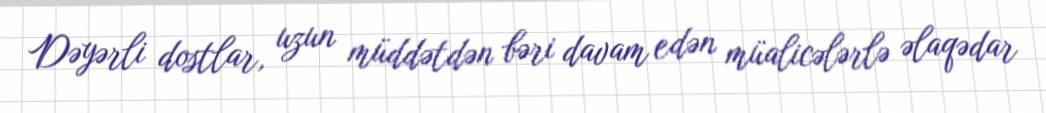
Dəyərli dostlar, uzun müddətdən bəri davam edən müalicələrlə əlaqədar